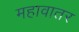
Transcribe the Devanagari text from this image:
महावातर